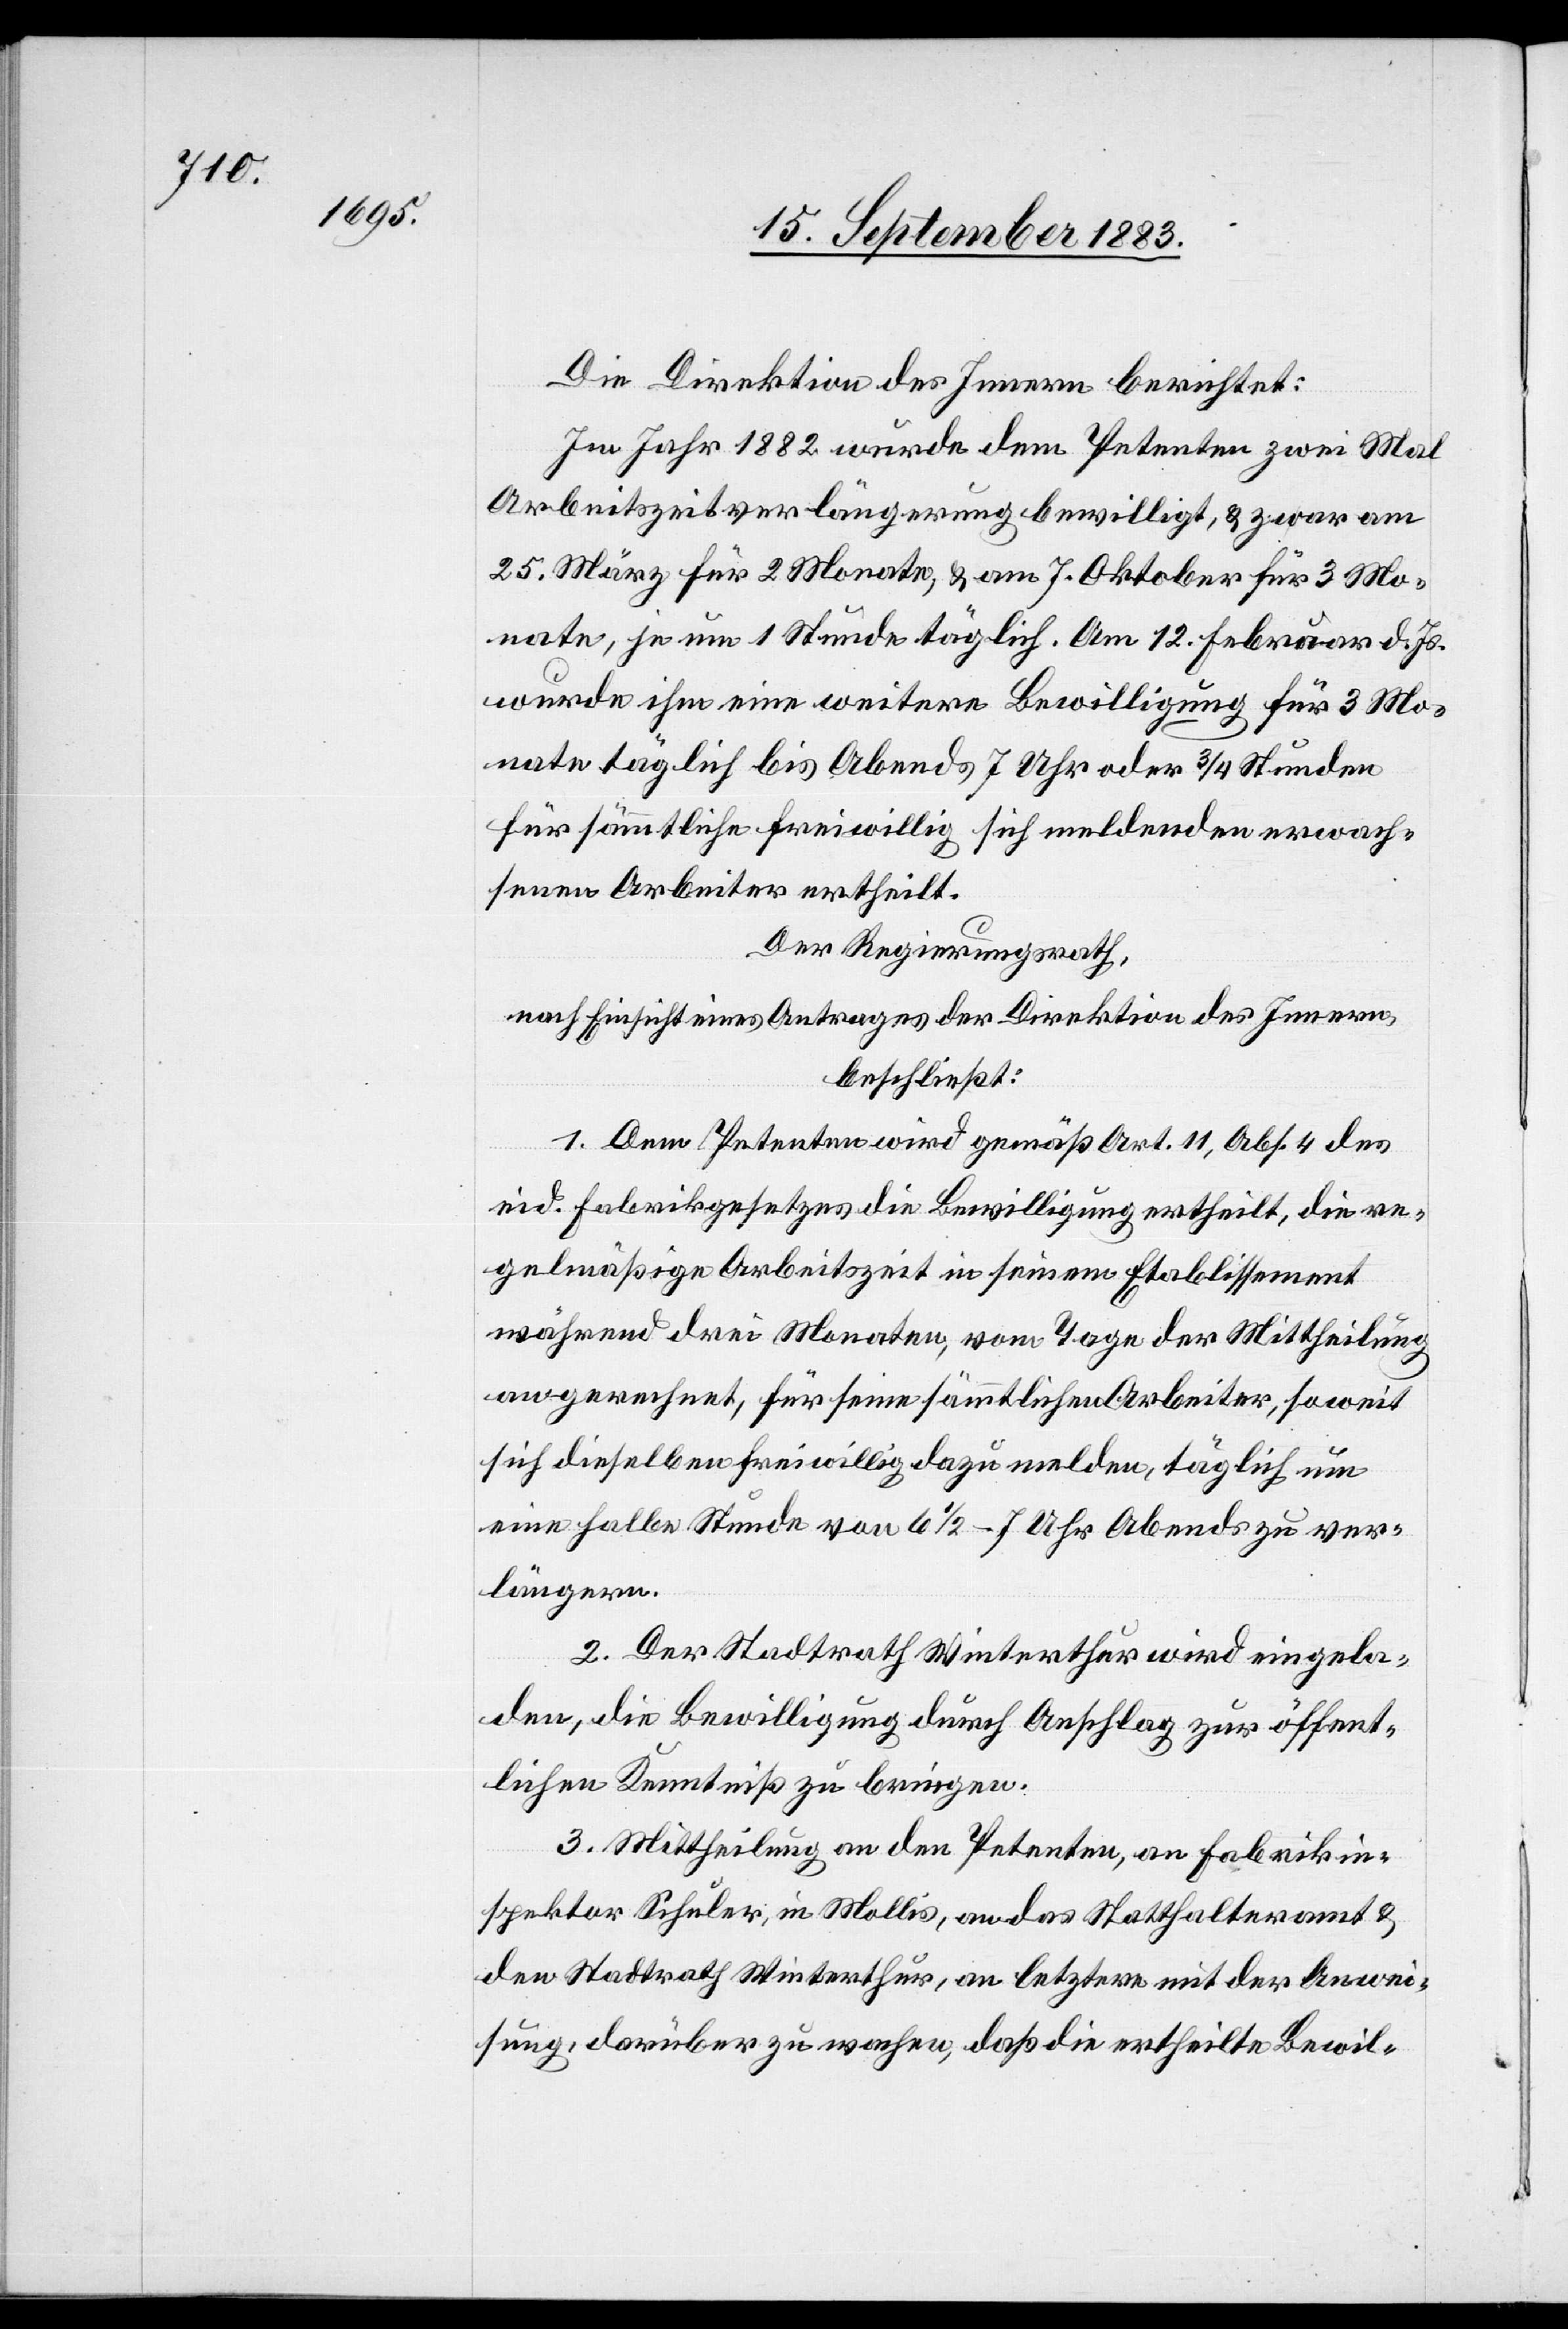
Die Direktion des Innern berichtet:
Im Jahr 1882 wurde dem Petenten zwei Mal
Arbeitszeitverlängerung bewilligt, & zwar am
25. März für 2 Monate, & am 7. Oktober für 3 Mo¬
nate, je um 1 Stunde täglich. Am 12. Februar d. Js.
wurde ihm eine weitere Bewilligung für 3 Mo¬
nate täglich bis Abends 7 Uhr oder 3/4 Stunden
für sämmtliche freiwillig sich meldenden erwach¬
senen Arbeiter ertheilt.
Der Regierungsrath,
nach Einsicht eines Antrages der Direktion des Innern,
beschließt:
1. Dem Petenten wird gemäß Art. 11, Abs. 4 des
eid. Fabrikgesetzes die Bewilligung ertheilt, die re¬
gelmäßige Arbeitszeit in seinem Etablissement
während drei Monaten, vom Tage der Mittheilung
an gerechnet, für seine sämmtlichen Arbeiter, soweit
sich dieselben freiwillig dazu melden, täglich um
eine halbe Stunde von 6 1/2–7 Uhr Abends zu ver¬
längern.
2. Der Stadtrath Winterthur wird eingela¬
den, die Bewilligung durch Anschlag zur öffent¬
lichen Kenntniß zu bringen.
3. Mittheilung an den Petenten, an Fabrikin¬
spektor Schuler, in Mollis, an das Statthalteramt &
den Stadtrath Winterthur, an letztere mit der Anwei¬
sung, darüber zu wachen, daß die ertheilte Bewil-